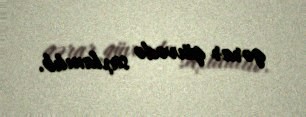
qərar qüvvədə saxlanılıb.